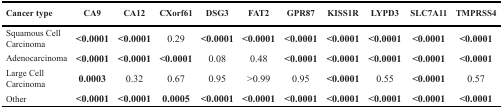
| Cancer type | CA9 | CA12 | CXorf61 | DSG3 | FAT2 | GPR87 | KISS1R | LYPD3 | SLC7A11 | TMPRSS4 |
 | --- | --- | --- | --- | --- | --- | --- | --- | --- | --- | --- |
 | Squamous Cell Carcinoma | <0.0001 | <0.0001 | 0.29 | <0.0001 | <0.0001 | <0.0001 | <0.0001 | <0.0001 | <0.0001 | <0.0001 |
 | Adenocarcinoma | <0.0001 | <0.0001 | <0.0001 | 0.08 | 0.48 | <0.0001 | <0.0001 | <0.0001 | <0.0001 | <0.0001 |
 | Large Cell Carcinoma | 0.0003 | 0.32 | 0.67 | 0.95 | >0.99 | 0.95 | <0.0001 | 0.55 | <0.0001 | 0.57 |
 | Other | <0.0001 | <0.0001 | 0.0005 | <0.0001 | <0.0001 | <0.0001 | <0.0001 | <0.0001 | <0.0001 | <0.0001 |